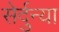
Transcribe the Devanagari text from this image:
सेर्दुन्या